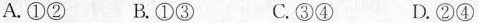
A.①② B.①③ C.③④ D.②④